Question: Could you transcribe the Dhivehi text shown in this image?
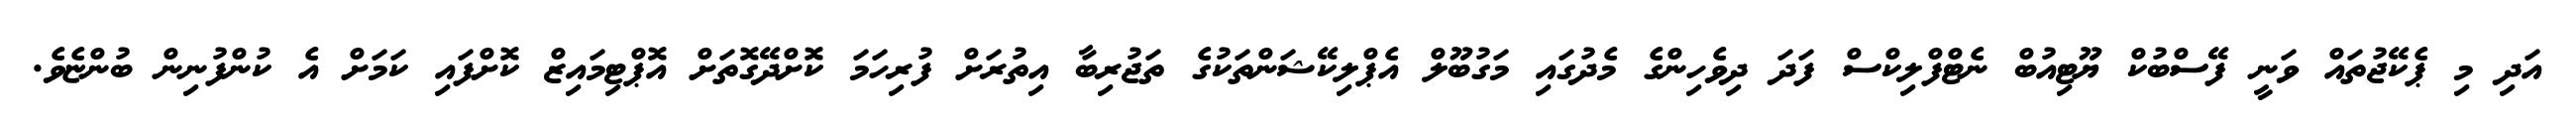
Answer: އަދި މި ޕެކޭޖުތައް ވަނީ ފޭސްބުކް ޔޫޓިއުބް ނެޓްފްލިކްސް ފަދަ ދިވެހިންގެ މެދުގައި މަގުބޫލް އެޕްލިކޭޝަންތަކުގެ ތަޖުރިބާ އިތުރަށް ފުރިހަމަ ކޮށްދޭގޮތަށް އޮޕްޓިމައިޒް ކޮށްފައި ކަމަށް އެ ކުންފުނިން ބުންޏެވެ.